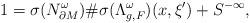
LaTeX: \begin{align*}1 = \sigma(N^\omega_{\partial M})\#\sigma(\Lambda_{g,F}^\omega)(x,\xi') + S^{-\infty}, \end{align*}